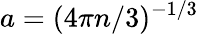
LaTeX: a=(4\pi n/3)^{-1/3}